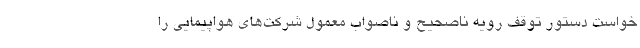
خواست دستور توقف رویه ناصحیح و ناصواب معمول شرکت‌های هواپیمایی را